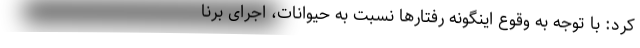
کرد: با توجه به وقوع اینگونه رفتار‌ها نسبت به حیوانات، اجرای برنا